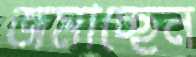
জমাচ্ছেন